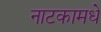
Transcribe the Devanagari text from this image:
नाटकामधे